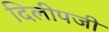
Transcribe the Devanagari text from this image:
दिलीपजी